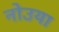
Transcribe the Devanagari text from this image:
नोउया